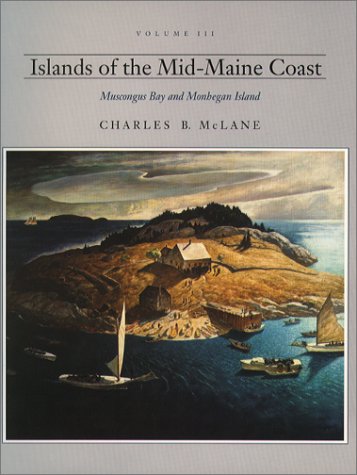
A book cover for Islands of the Mid-Maine Coast: Muscongus Bay and Monhegan Island; Charles McLane; Travel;